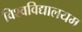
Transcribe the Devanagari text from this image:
विश्वविद्यालयम्‌